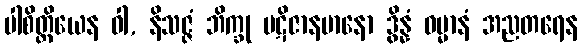
ပါစိတ္တိယေန ဝါ, နိသဇ္ဇံ ဘိက္ခု ပဋိဇာနမာနော ဒွိန္နံ ဓမ္မာနံ အညတရေန